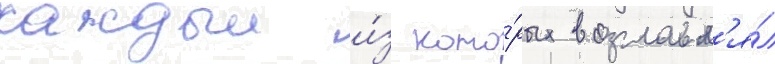
каждыи и́з кото́рых возглавл'я́л